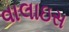
વાલાઇસ